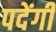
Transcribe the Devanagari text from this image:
पदेंगी